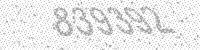
Solution: 839392